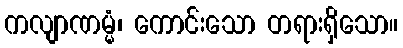
ကလျာဏမ္မံ၊ ကောင်းသော တရားရှိသော။